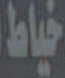
خياط